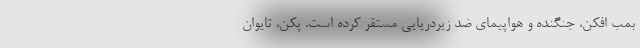
بمب افکن، جنگنده و هواپیمای ضد زیردریایی مستقر کرده است. پکن، تایوان